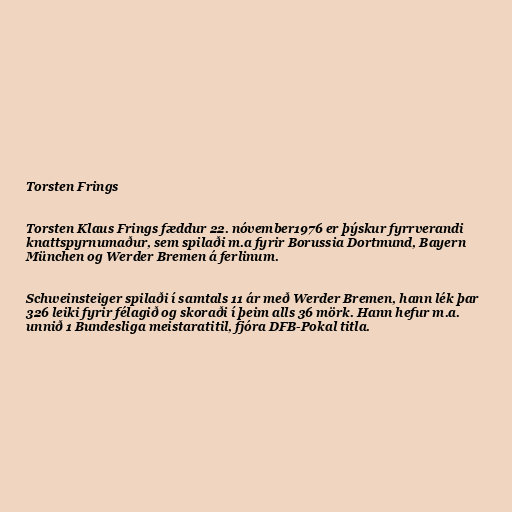
Torsten Frings

Torsten Klaus Frings fæddur 22. nóvember1976 er þýskur fyrrverandi
knattspyrnumaður, sem spilaði m.a fyrir Borussia Dortmund, Bayern
München og Werder Bremen á ferlinum.

Schweinsteiger spilaði í samtals 11 ár með Werder Bremen, hann lék þar
326 leiki fyrir félagið og skoraði í þeim alls 36 mörk. Hann hefur m.a.
unnið 1 Bundesliga meistaratitil, fjóra DFB-Pokal titla.